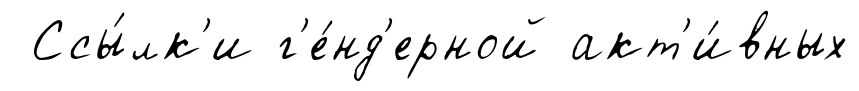
Ссы́лк'и г'е́нд'ерной акт'и́вных